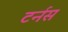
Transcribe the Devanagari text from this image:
टर्नस